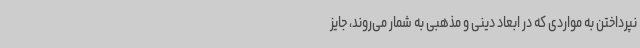
نپرداختن به مواردی که در ابعاد دینی و مذهبی به شمار می‌روند، جایز